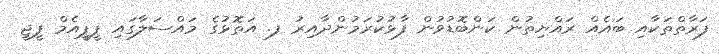
ފަރާތްތަކާއި ބައެއް ރައްޔިތުން ކަންބޮޑުވުން ފާޅުކުރަމުންދާއިރު ފ. އަތޮޅުގެ މައްސަލާގައި ޕީޕީއެމް ޕީޖީ